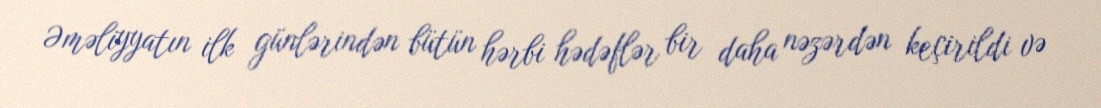
Əməliyyatın ilk günlərindən bütün hərbi hədəflər bir daha nəzərdən keçirildi və